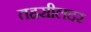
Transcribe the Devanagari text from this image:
तहसीलदर